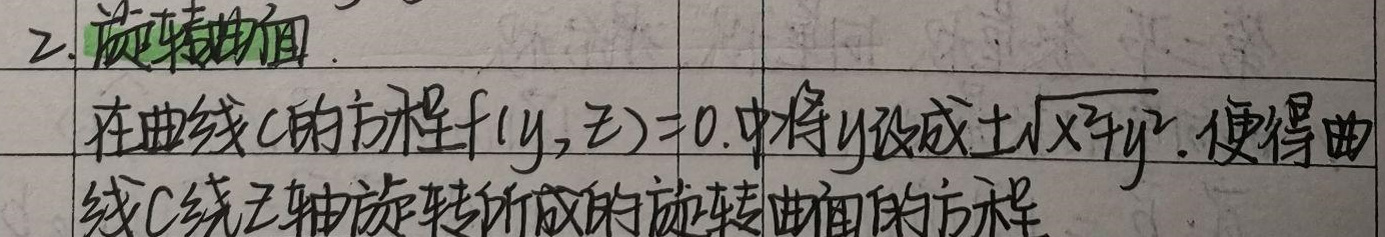
2. 旋转曲面

在曲线\(C\)的方程\(f(y,z)=0\)中，将\(y\)换成\(\pm\sqrt{x^{2}+y^{2}}\)，便得曲线\(C\)绕\(z\)轴旋转所成的旋转曲面的方程。